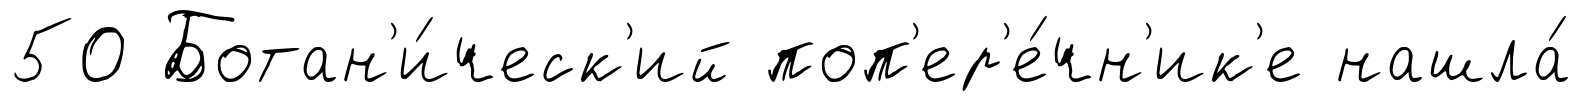
50 Ботан'и́ческ'ий поп'ер'е́чн'ик'е нашла́